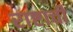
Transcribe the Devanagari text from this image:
राष्टाची